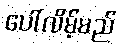
ပေါ်လိမ့်မည်